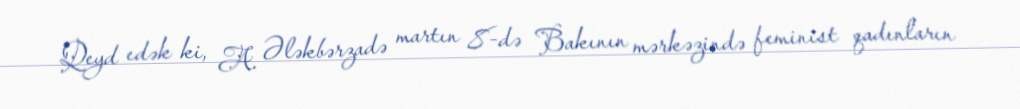
Qeyd edək ki, A. Ələkbərzadə martın 8-də Bakının mərkəzində feminist qadınların